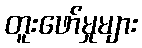
တူးဖော်မှုများ